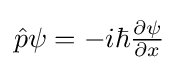
{\textstyle {\hat {p}}\psi =-i\hbar {\frac {\partial \psi }{\partial x}}}